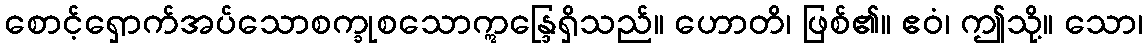
စောင့်ရှောက်အပ်သောစက္ခုစသောဣန္ဒြေရှိသည်။ ဟောတိ၊ ဖြစ်၏။ ဧဝံ၊ ဤသို့။ သော၊